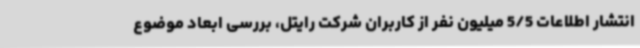
انتشار اطلاعات 5/5 میلیون نفر از کاربران شرکت رایتل، بررسی ابعاد موضوع